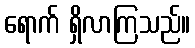
ရောက် ရှိလာကြသည်။